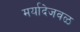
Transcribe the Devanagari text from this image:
मर्यादेजवळ